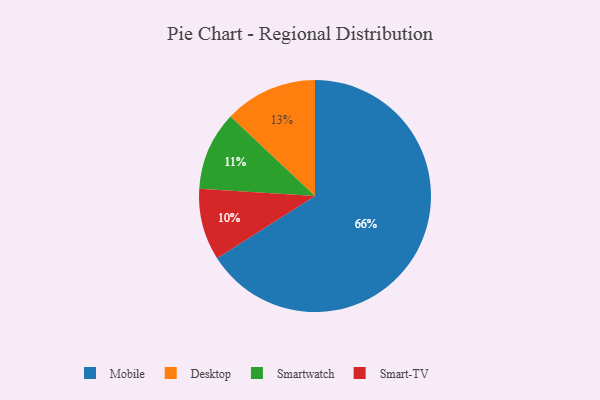
{"axis": {"x": "Category", "y": "Percentage"}, "legend": ["Desktop", "Mobile", "Smart-TV", "Smartwatch"], "data": [{"x": "Smart-TV", "y": 10, "type": "Smart-TV"}, {"x": "Desktop", "y": 13, "type": "Desktop"}, {"x": "Mobile", "y": 66, "type": "Mobile"}, {"x": "Smartwatch", "y": 11, "type": "Smartwatch"}]}